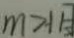
m > 1 H